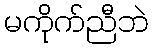
မကိုက်ညီဘဲ